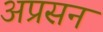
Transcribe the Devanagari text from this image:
अप्रसन